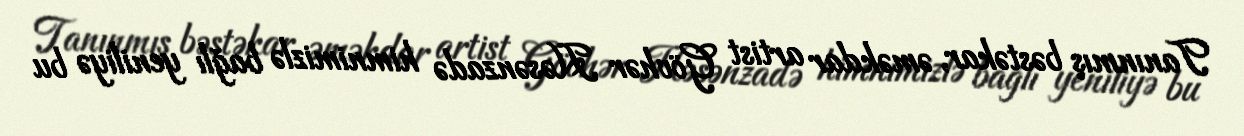
Tanınmış bəstəkar, əməkdar artist Gövhər Həsənzadə himnimizlə bağlı yeniliyə bu